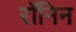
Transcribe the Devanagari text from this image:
रॉनिन